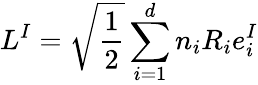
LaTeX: L^{I}=\sqrt\frac{1}{2}\sum_{i=1}^{d}n_{i}R_{i}e_{i}^{I}